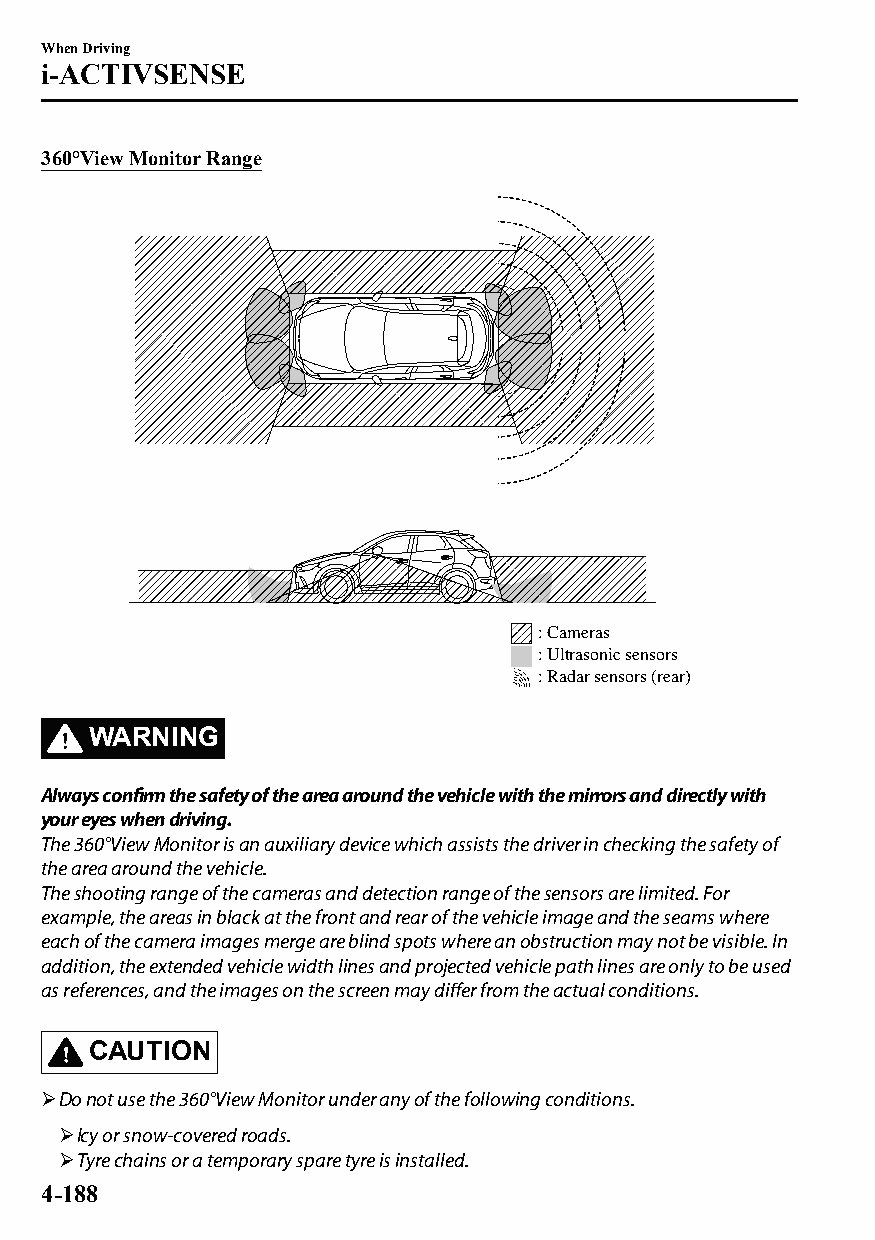
When Driving
 i-ACTIVSENSE
 360°View Monitor Range
 : Cameras
 : Ultrasonic sensors
 : Radar sensors (rear)
 WARNING
 Always confirm the safety of the area around the vehicle with the mirrors and directly with
 your eyes when driving.
 The 360°View Monitor is an auxiliary device which assists the driver in checking the safety of
 the area around the vehicle.
 The shooting range of the cameras and detection range of the sensors are limited. For
 example, the areas in black at the front and rear of the vehicle image and the seams where
 each of the camera images merge are blind spots where an obstruction may not be visible. In
 addition, the extended vehicle width lines and projected vehicle path lines are only to be used
 as references, and the images on the screen may differ from the actual conditions.
 CAUTION
 Do not use the 360°View Monitor under any of the following conditions.
 Icy or snow-covered roads.
 Tyre chains or a temporary spare tyre is installed.
 4-188
 CX-3_8GT4-EE-18D_Edition4                  2018-9-6 18:32:19